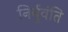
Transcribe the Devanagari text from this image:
निर्बुवंति